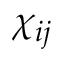
\chi _ { i j }